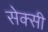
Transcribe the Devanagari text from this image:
सेक्‍सी